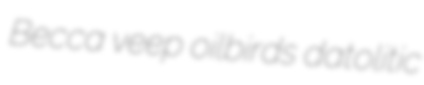
Becca veep oilbirds datolitic